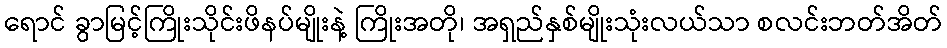
ရောင် ခွာမြင့်ကြိုးသိုင်းဖိနပ်မျိုးနဲ့ ကြိုးအတို၊ အရှည်နှစ်မျိုးသုံးလယ်သာ စလင်းဘတ်အိတ်